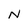
Character: N